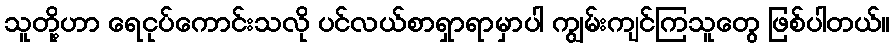
သူတို့ဟာ ရေငုပ်ကောင်းသလို ပင်လယ်စာရှာရာမှာပါ ကျွမ်းကျင်ကြသူတွေ ဖြစ်ပါတယ်။